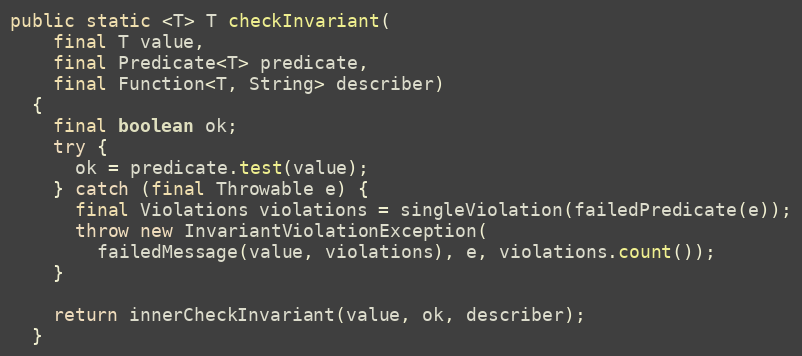
Language: Java
public static <T> T checkInvariant(
    final T value,
    final Predicate<T> predicate,
    final Function<T, String> describer)
  {
    final boolean ok;
    try {
      ok = predicate.test(value);
    } catch (final Throwable e) {
      final Violations violations = singleViolation(failedPredicate(e));
      throw new InvariantViolationException(
        failedMessage(value, violations), e, violations.count());
    }

    return innerCheckInvariant(value, ok, describer);
  }